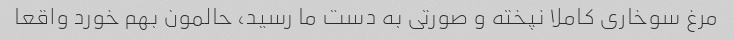
مرغ سوخاری کاملا نپخته و صورتی به دست ما رسید، حالمون بهم خورد واقعا